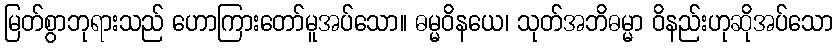
မြတ်စွာဘုရားသည် ဟောကြားတော်မူအပ်သော။ ဓမ္မဝိနယေ၊ သုတ်အဘိဓမ္မာ ဝိနည်းဟုဆိုအပ်သော